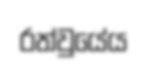
රත්වුයේය